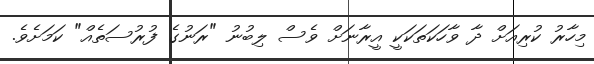
މިހާރު ކުރިއަށް ދާ ވާހަކަތަކަކީ އީރާނަށް ވެސް ލިބުނު "ރަނުގެ ފުރުސަތެއް" ކަމަށެވެ.